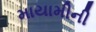
માયામીની